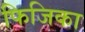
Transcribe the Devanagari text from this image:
फिजिका